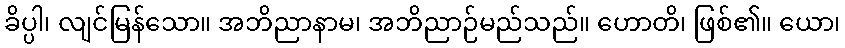
ခိပ္ပါ၊ လျင်မြန်သော။ အဘိညာနာမ၊ အဘိညာဉ်မည်သည်။ ဟောတိ၊ ဖြစ်၏။ ယော၊